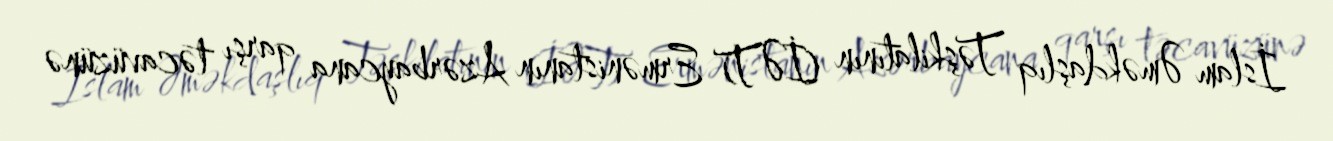
İslam Əməkdaşlıq Təşkilatının (İƏT) Ermənistanın Azərbaycana qarşı təcavüzünə